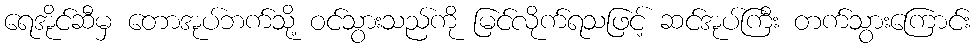
ရေအိုင်ဆီမှ တောအုပ်ဘက်သို့ ဝင်သွားသည်ကို မြင်လိုက်ရသဖြင့် ဆင်အုပ်ကြီး တက်သွားကြောင်း